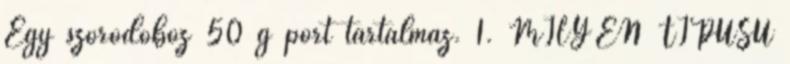
Egy szóródoboz 50 g port tartalmaz. 1. MILYEN TÍPUSÚ